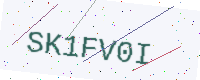
Text: SK1FV0I